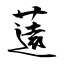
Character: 薳